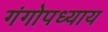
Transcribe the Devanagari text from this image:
गंगोपध्याय